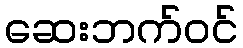
ဆေးဘက်ဝင်